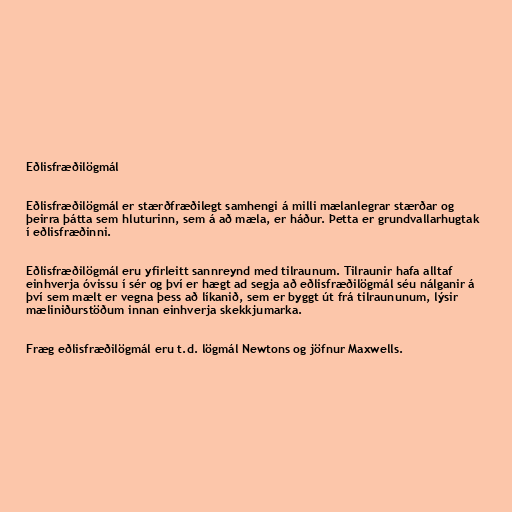
Eðlisfræðilögmál

Eðlisfræðilögmál er stærðfræðilegt samhengi á milli mælanlegrar stærðar og
þeirra þátta sem hluturinn, sem á að mæla, er háður. Þetta er grundvallarhugtak
í eðlisfræðinni.

Eðlisfræðilögmál eru yfirleitt sannreynd med tilraunum. Tilraunir hafa alltaf
einhverja óvissu í sér og því er hægt ad segja að eðlisfræðilögmál séu nálganir á
því sem mælt er vegna þess að líkanið, sem er byggt út frá tilraununum, lýsir
mæliniðurstöðum innan einhverja skekkjumarka.

Fræg eðlisfræðilögmál eru t.d. lögmál Newtons og jöfnur Maxwells.